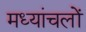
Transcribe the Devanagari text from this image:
मध्यांचलों